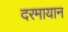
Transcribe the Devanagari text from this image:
दरमायान